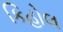
કિહોલ